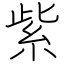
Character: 紫